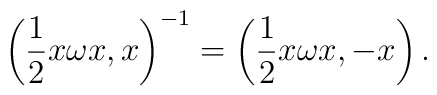
\left( \frac{1}{2} x \omega x,  x \right)^{-1} =	\left( \frac{1}{2} x \omega x, -x \right).